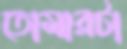
তোমারটা